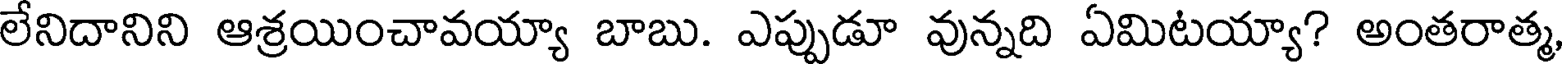
లేనిదానిని ఆశ్రయించావయ్యా బాబు. ఎప్పుడూ వున్నది ఏమిటయ్యా? అంతరాత్మ